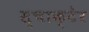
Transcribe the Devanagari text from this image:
स्चाक्टेर